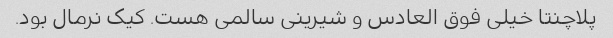
پلاچنتا خیلی فوق العادس و شیرینی سالمی هست. کیک نرمال بود.